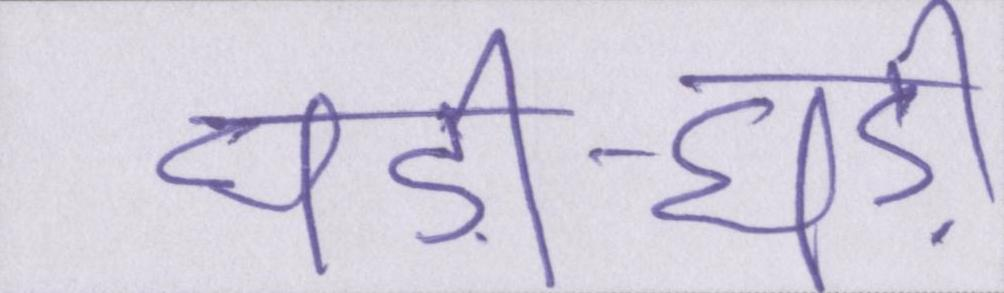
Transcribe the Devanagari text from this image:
घड़ी-घड़ी